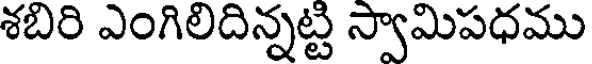
శబిరి ఎంగిలిదిన్నట్టి స్వామిపధము